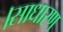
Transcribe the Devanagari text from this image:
।साधारण